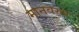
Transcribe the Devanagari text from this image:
मानवरुप